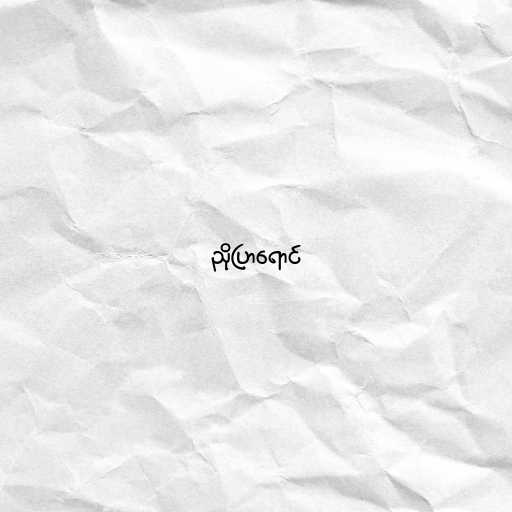
ညိုပြာရောင်